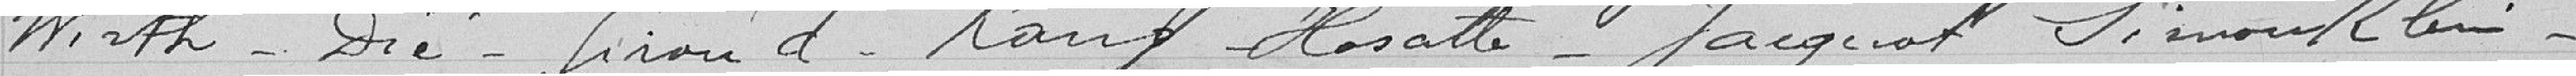
Wirth, Dié, Firiou d, Rang, Hosatte, Jacquot Simonklein,